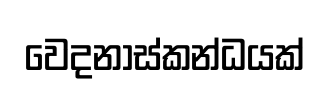
වෙදනාස්කන්ධයක්